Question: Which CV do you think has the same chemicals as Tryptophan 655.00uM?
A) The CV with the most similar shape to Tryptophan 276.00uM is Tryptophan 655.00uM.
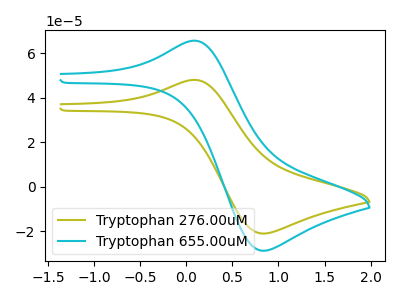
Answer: <think>The olive curve "Tryptophan 276.00uM" has an anodic peak at (0.10V, 47.95uA) and a cathodic peak at (0.85V, -21.00uA). The cyan curve "Tryptophan 655.00uM" has an anodic peak at (0.10V, 65.55uA) and a cathodic peak at (0.85V, -28.75uA).
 All the peaks in "Tryptophan 276.00uM" have a peak in "Tryptophan 655.00uM" at the same potential. Every peak in "Tryptophan 276.00uM" is lower than every peak in "Tryptophan 655.00uM".</think>
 <answer>A) The CV with the most similar shape to "Tryptophan 276.00uM" is "Tryptophan 655.00uM".</answer>
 <eval>A</eval>